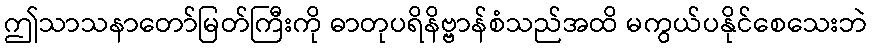
ဤသာသနာတော်မြတ်ကြီးကို ဓာတုပရိနိဗ္ဗာန်စံသည်အထိ မကွယ်ပနိုင်စေသေးဘဲ